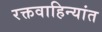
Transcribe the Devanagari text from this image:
रक्तवाहिन्यांत